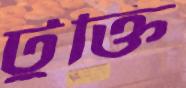
টুক্তি